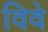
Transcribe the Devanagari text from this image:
विवे